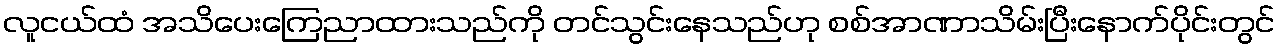
လူငယ်ထံ အသိပေးကြေညာထားသည်ကို တင်သွင်းနေသည်ဟု စစ်အာဏာသိမ်းပြီးနောက်ပိုင်းတွင်